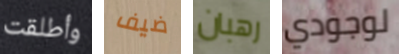
وأطلقت ضيف رهبان لوجودي